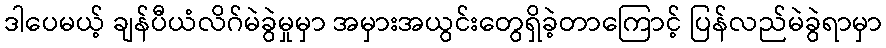
ဒါပေမယ့် ချန်ပီယံလိဂ်မဲခွဲမှုမှာ အမှားအယွင်းတွေရှိခဲ့တာကြောင့် ပြန်လည်မဲခွဲရာမှာ